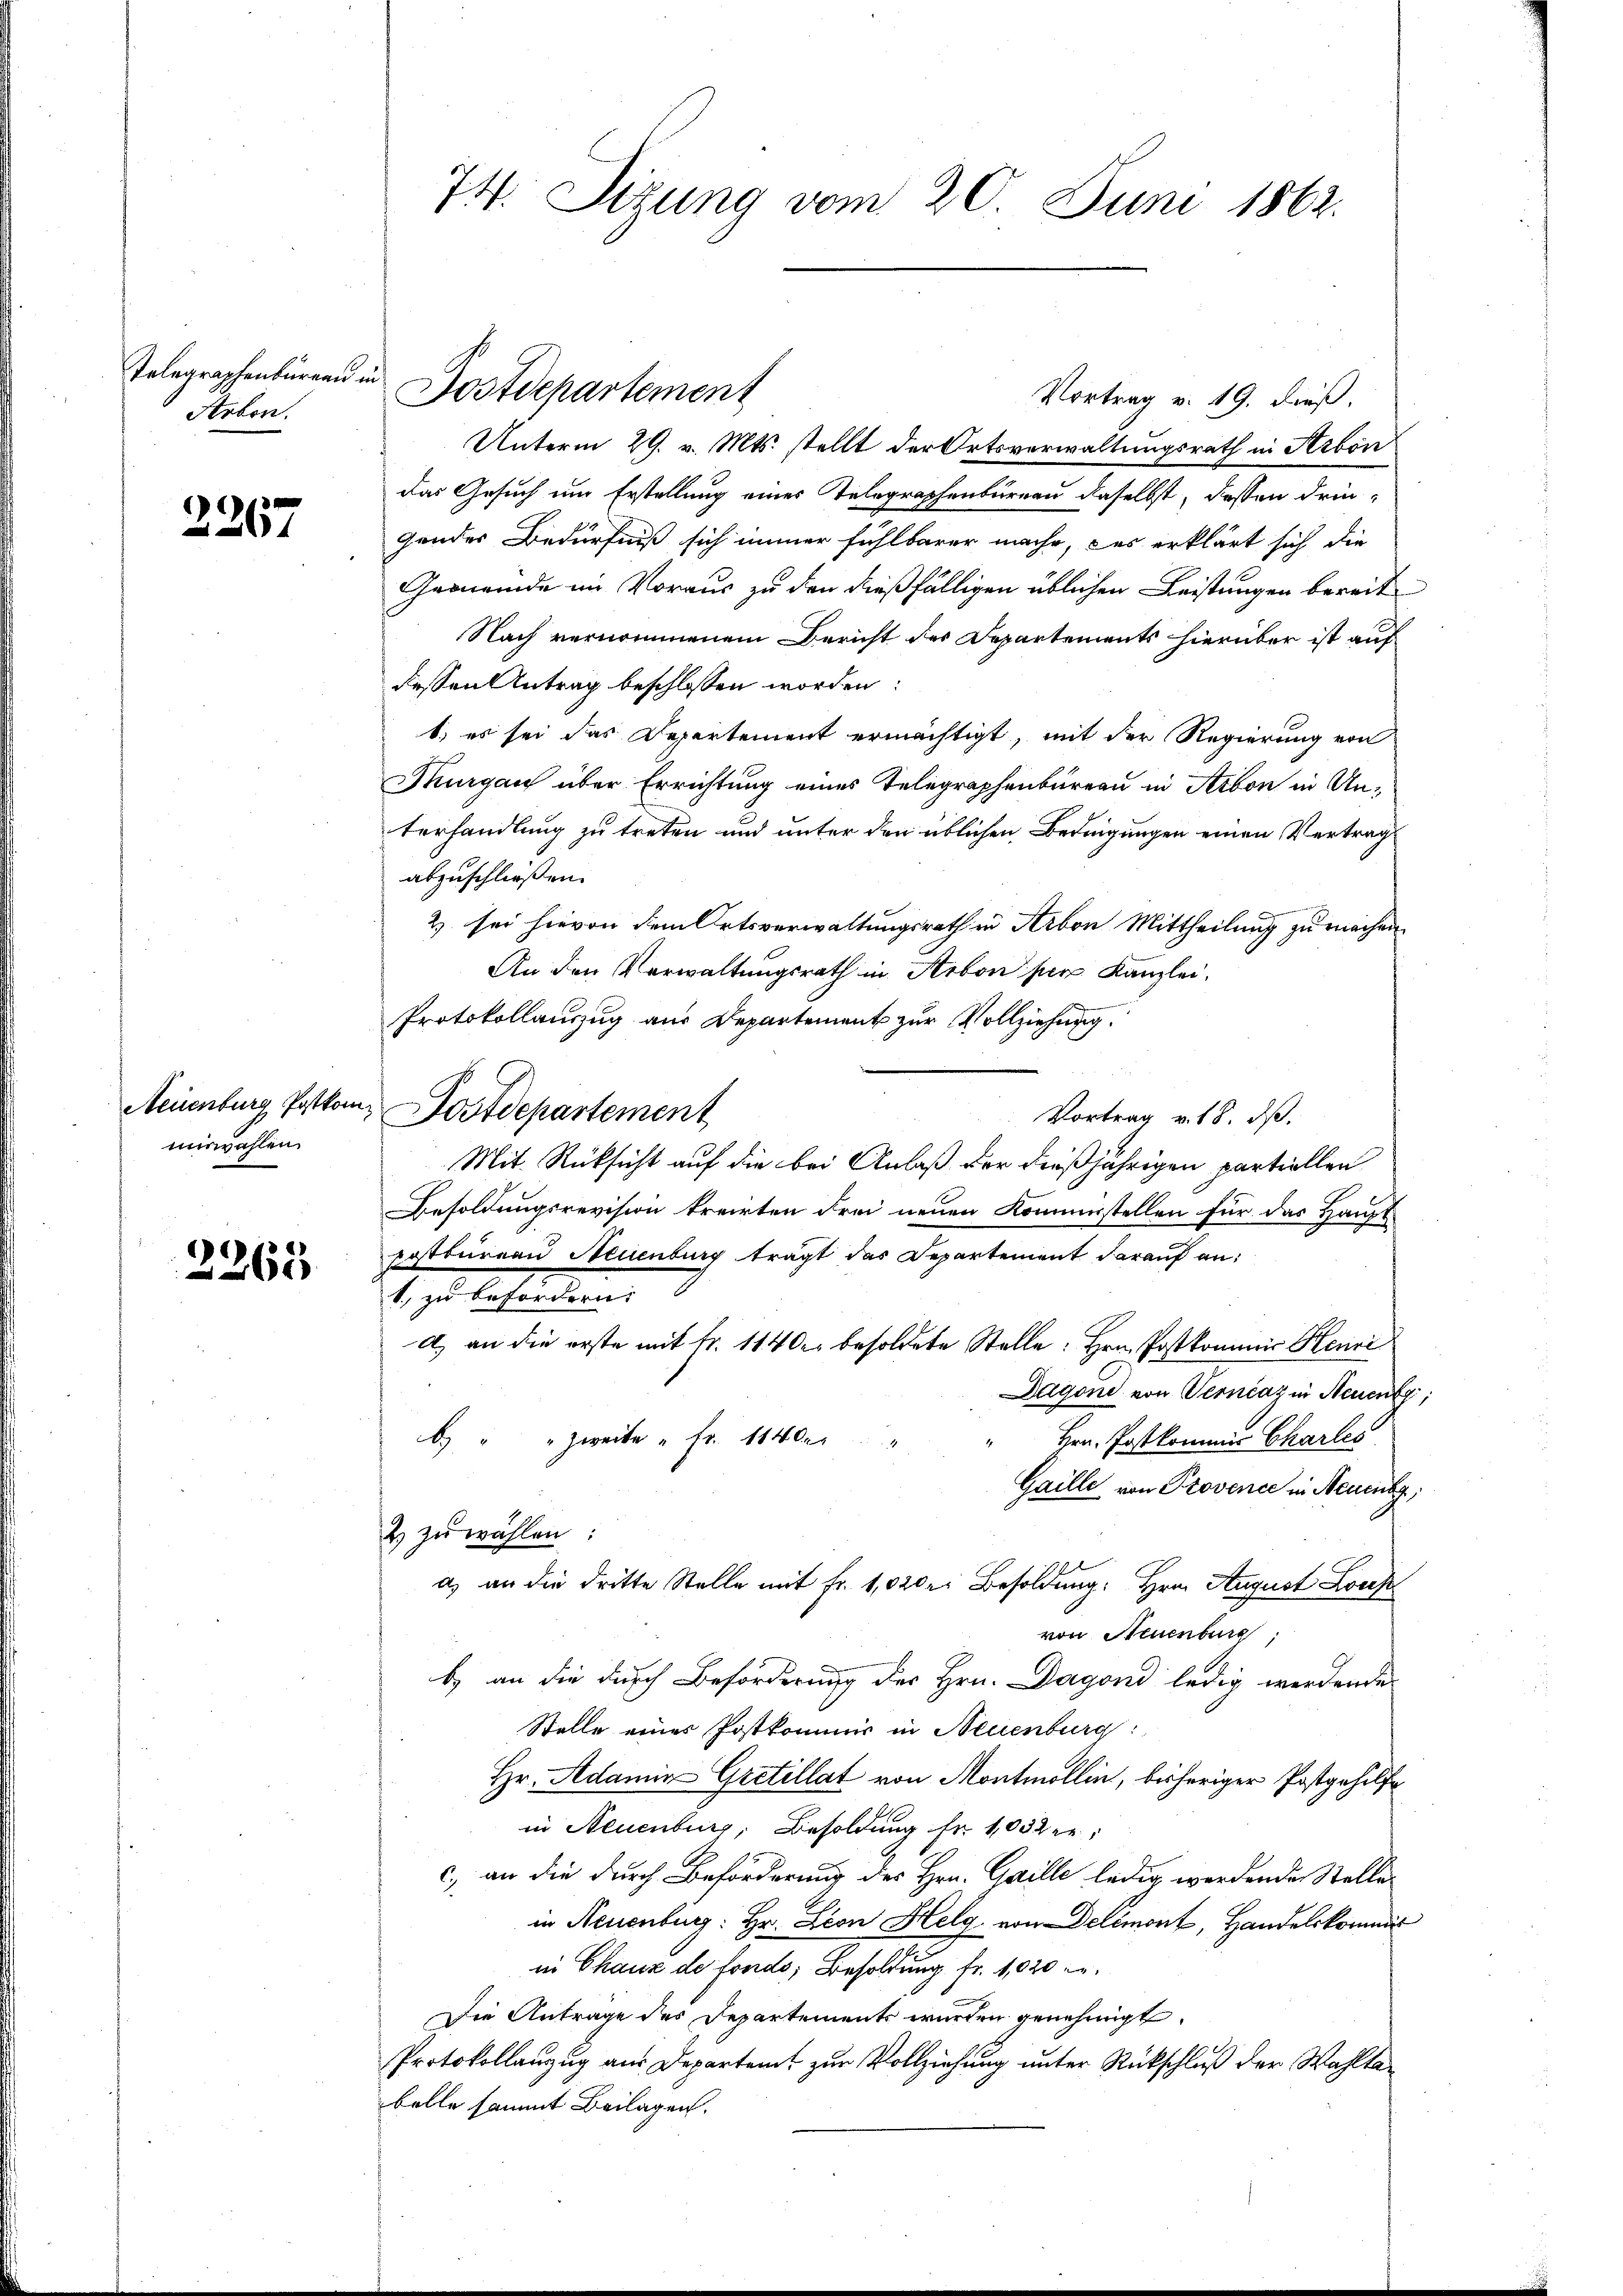
Telegraphenburgau.
Arbon.

2267

Neuenburg Postkom
mirwahlen.

2263

auf

74. Sitzung vom 20. Juni 1862.

Postdepartement

Vortrag v. 19. dieß.
Unterm 29. v. Mts. stellt der Ortsverwaltungsrath in Arbon
das Gesuch um Erstellung eines Telegraphenbureau daselbst, dassen dringender Bedürfniß sich immer fühlbarer mache, das erklärt sich die
Gemeinde im Voraus zu den dießfälligen üblichen Leistungen bereit
Nach vernommenem Bericht der Departements hierüber ist auf
dessen Antrag beschlossen worden:
1) es sei das Departement ermächtigt, mit der Regierung von
Thurgau über Errichtung eines Telegraphenbüreau in Arbon in Unterhandlung zu treten und unter den üblichen Bedingungen einen Vertrag
abzuschließen.
2) sei hievon dem Ortsverwaltungsrath in Arbon Mittheilung zu machen.
An den Verwaltungsrath in Arbon per Kanzlei.
Protokollanzug aus Departement zur Vollziehung
Postdepartement
Vortrag v. 18. dß.
Mit Rücksicht auf die bei Anlaß der dießjährigen partiellen
Besoldungsrevision treiten Frei neuen Kommestellen für das Haupt-
rrtbureau Neuenburg trägt das Departement darauf an:
1. zu befordern.
a) an die erste mit Fr. 1140. besoldete Stelle: Hrn. Postkommis Henri
Dagond von Verniaz in Neueng
6 " " zweite " fr. 1140er
Hrn. Postkommis Charles
Gaille von Provence in Neuenbg,
2 zu wählen:
a) an die dritte Stelle mit Fr. 1,020 Besoldung. Hrn. August Lors
von Neuenburg
b. an die durch Beförderung des Hrn. Dagond ledig werdende
Stelle einer Postkommis in Neuenburg:
Hr. Adamin Gretillat von Montmollin, bisheriger Postgehilfe
in Steuenburg, Besoldung fr. 1032 er
c.) an die durch Beförderung des Hrn. Gaille ledig werdende Stelle
in Neuenburg: Hr. Leon Helg von Delémont, Handelskommit
in Chaux de fondo, Besoldung fr. 1020 gr.
Die Antrage des Departements wurden genehmigt.
Protokollanzug aus Departent zur Vollziehung unter Rückschluß der Wahltabelle sammt Beilagen.